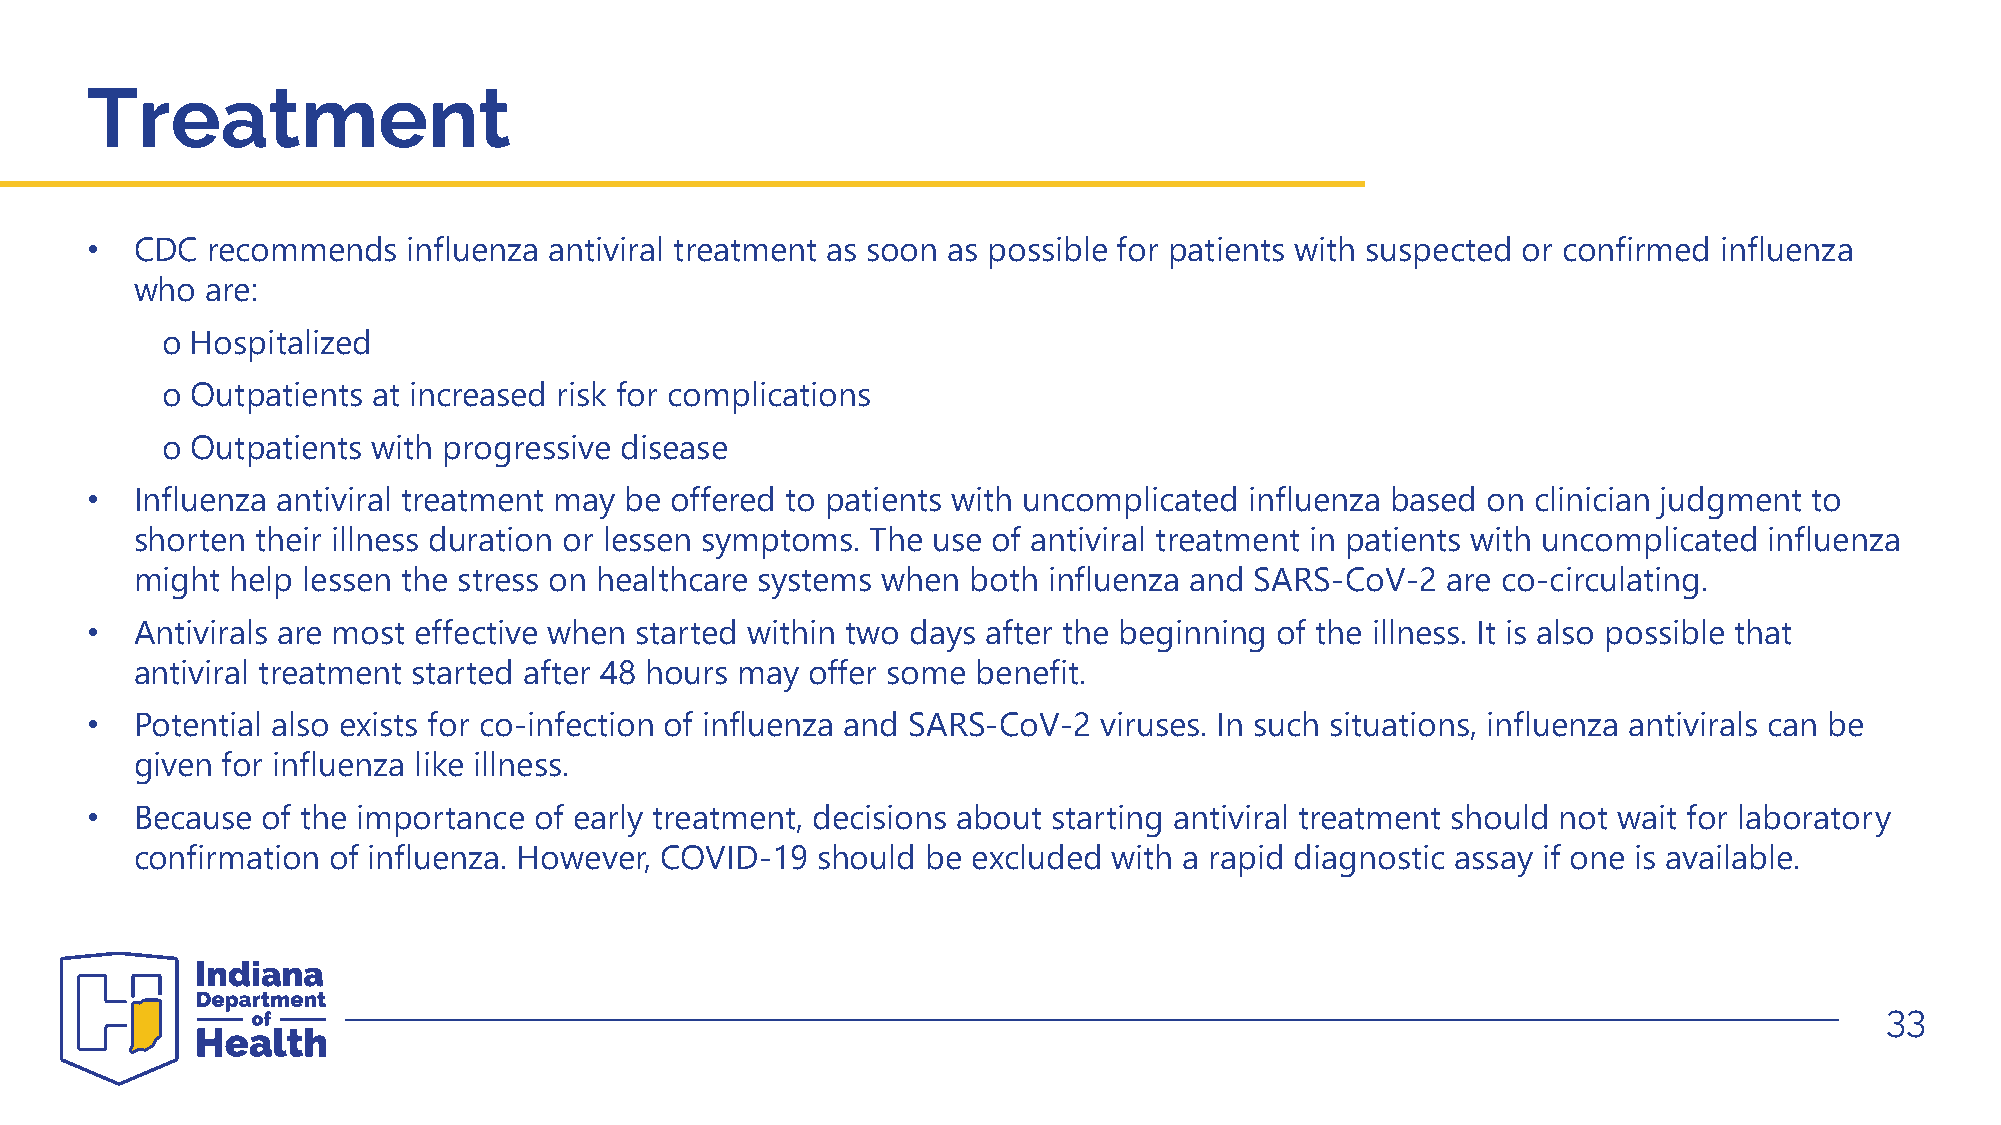
Treatment
 •  CDC  recommends   influenza antiviral treatment as soon as possible for patients with suspected or confirmed influenza
 who  are:
 o Hospitalized
 o Outpatients at increased risk for complications
 o Outpatients with progressive disease
 •  Influenza antiviral treatment may be offered to patients with uncomplicated influenza based on clinician judgment to
 shorten their illness duration or lessen symptoms. The use of antiviral treatment in patients with uncomplicated influenza
 might help lessen the stress on healthcare systems when both influenza and SARS-CoV-2  are co-circulating.
 •  Antivirals are most effective when started within two days after the beginning of the illness. It is also possible that
 antiviral treatment started after 48 hours may offer some benefit.
 •  Potential also exists for co-infection of influenza and SARS-CoV-2 viruses. In such situations, influenza antivirals can be
 given for influenza like illness.
 •  Because of the importance of early treatment, decisions about starting antiviral treatment should not wait for laboratory
 confirmation of influenza. However, COVID-19 should be excluded  with a rapid diagnostic assay if one is available.
 33